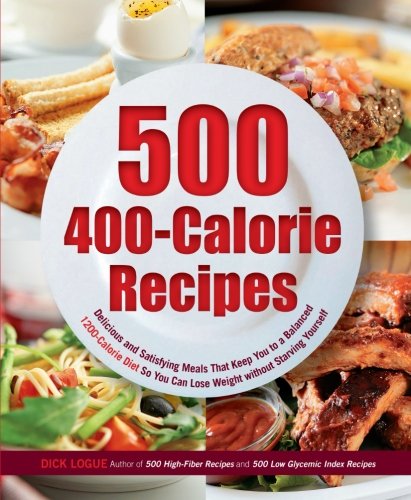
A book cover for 500 400-Calorie Recipes: Delicious and Satisfying Meals That Keep You to a Balanced 1200-Calorie Diet So You Can Lose Weight without Starving Yourself; Dick Logue; Health, Fitness & Dieting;